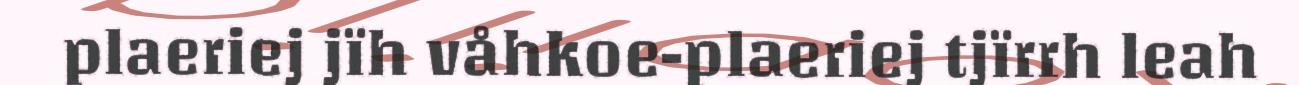
plaeriej jïh våhkoe-plaeriej tjïrrh leah